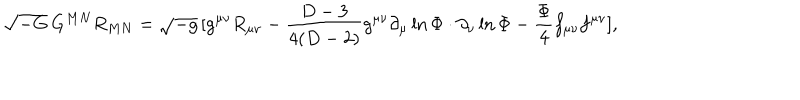
\sqrt { - G } \, G ^ { M N } R _ { M N } = \sqrt { - g } \, [ g ^ { \mu \nu } R _ { \mu \nu } - \frac { D - 3 } { 4 ( D - 2 ) } g ^ { \mu \nu } \partial _ { \mu } \ln \Phi \cdot \partial _ { \nu } \ln \Phi - \frac { \Phi } { 4 } f _ { \mu \nu } f ^ { \mu \nu } ] ,